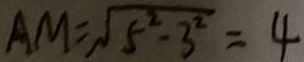
A M = \sqrt { 5 ^ { 2 } - 3 ^ { 2 } } = 4